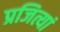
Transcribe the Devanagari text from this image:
प्रजित्यां